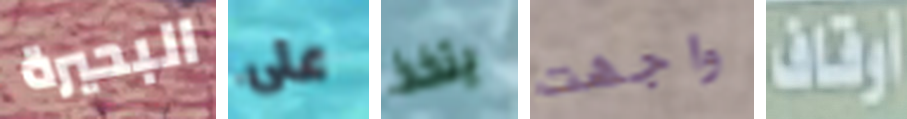
البحيرة على يتخذ واجهت أوقاف